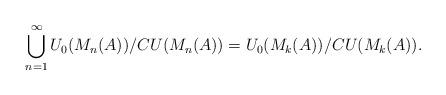
LaTeX: \begin{align*}\bigcup_{n=1}^{\infty}U_0(M_n(A))/CU(M_n(A))=U_0(M_k(A))/CU(M_k(A)).\end{align*}